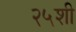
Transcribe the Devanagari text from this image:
२५शी